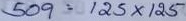
509 = 125 x 125